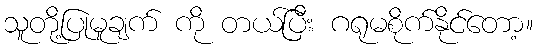
သူတို့ပြုမူချက် ကို တယ်ပြီး ဂရုမစိုက်နိုင်တော့။